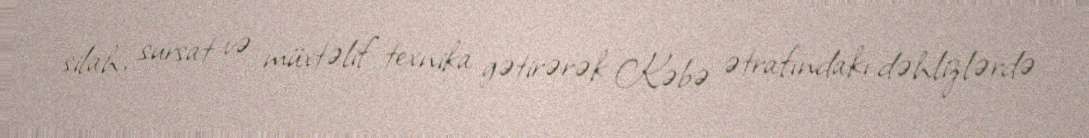
silah, sursat və müxtəlif texnika gətirərək Kəbə ətrafındakı dəhlizlərdə